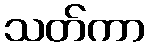
သတ်ကာ